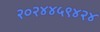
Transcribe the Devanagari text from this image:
२०२४४५९४२४